Annual vaccination report of Bihar and Orissa - 1911-1928
Year: 1911
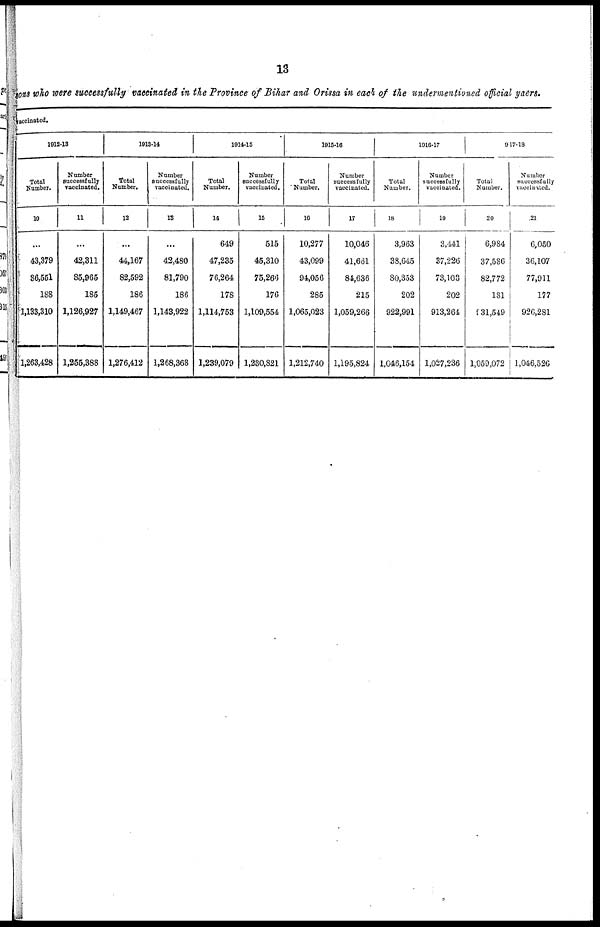
13
sons who were successfully vaccinated in the Province of Bihar and Orissa in each of the undermentioned official yaers.
vaccinated.
1912-13
Total
Number.
10
...
43,379
86,551
188
1,133,310
1,263,428
Number
successfully
vaccinated.
11
...
42,311
85,965
185
1,126,927
1,255,388
1913-14
Total
Number.
12
...
44,167
82,592
186
1,149,467
1,276,412
Number
successfully
vaccinated.
13
...
42,480
81,790
186
1,143,922
1,268,368
1914-15
Total
Number.
14
649
47,235
76,264
178
1,114,753
1,239,079
Number
successfully
vaccinated.
15
515
45,310
75,266
176
1,109,554
1,230,821
1915-16
Total
Number.
16
10,277
43,099
94,056
285
1,065,023
1,212,740
Number
successfully
vaccinated.
17
10,046
41,661
81,636
215
1,059,266
1,195,824
1916-17
Total
Number.
18
3,963
38,645
80,353
202
922,991
1,046,154
Number
successfully
vaccinated.
19
3,441
37,226
73,103
202
913,264
1,027,236
1917-18
Total
Number.
20
6,984
37,586
82,772
181
931,549
1,059,072
Number
successfully
vaccinated.
21
6,050
36,107
77,911
177
926,281
1,046,526